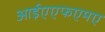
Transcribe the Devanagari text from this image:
आईएएफएमए